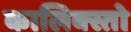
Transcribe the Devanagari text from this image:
कालिक्स्तो